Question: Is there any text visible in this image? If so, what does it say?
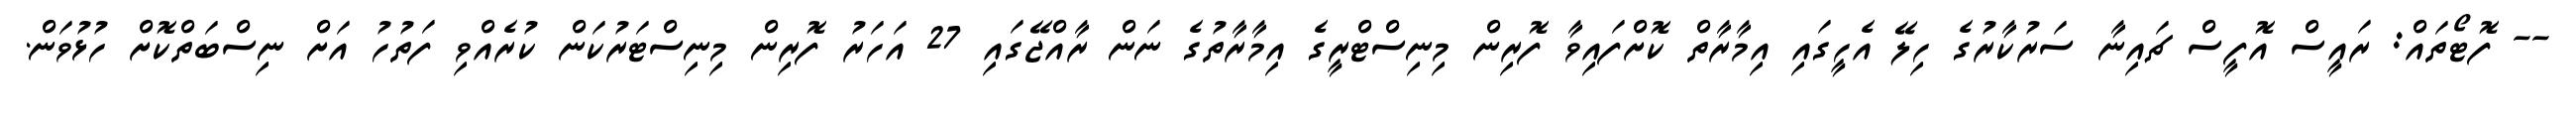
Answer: -- ފޮޓޯތައް: ރައީސް އޮފީސް ޗައިނާ ސަރުކާރުގެ ހިލޭ އެހީގައި އިމާރާތް ކޮށްފައިވާ ފޮރިން މިނިސްޓްރީގެ އިމާރާތުގެ ނަން ރާއްޖޭގައި 27 އަހަރު ފޮރިން މިނިސްޓަރުކަން ކުރެއްވި ފަތުހު އަށް ނިސްބަތްކޮށް ހުޅުވަން.